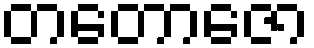
တတောဇော